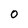
Character: O